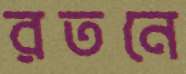
রতনে